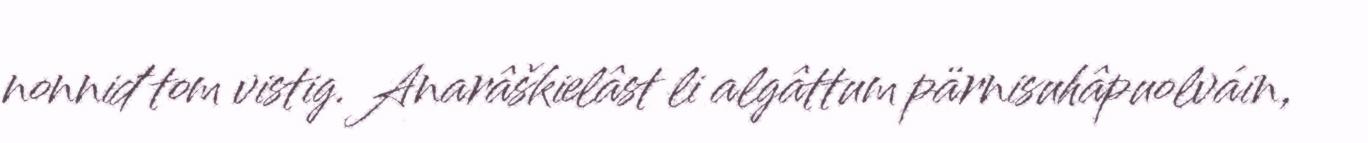
nonniđ tom vistig. Anarâškielâst li algâttum pärnisuhâpuolváin,